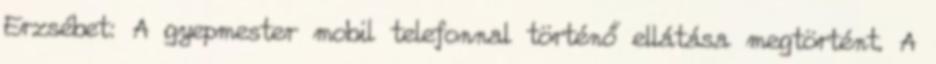
Erzsébet: A gyepmester mobil telefonnal történő ellátása megtörtént. A